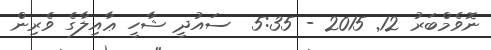
ނޮވެމްބަރު 12